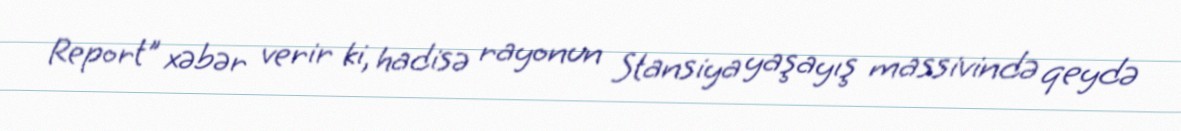
Report" xəbər verir ki, hadisə rayonun Stansiya yaşayış massivində qeydə